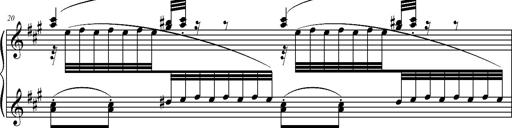
Title: 2 LÃ©gendes
Composer: Franz Liszt